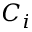
C _ { i }